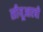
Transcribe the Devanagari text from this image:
सीयूआरबी